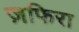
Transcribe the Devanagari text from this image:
ज़फिरा